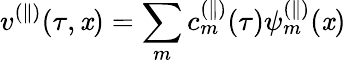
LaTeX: v^{(\parallel)}(\tau,\mathit{x})=\sum_{m}c_{m}^{(\parallel)}(\tau)\psi_{m}^{(\parallel)}(\mathit{x})